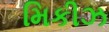
મિકીઝ